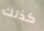
كذلك